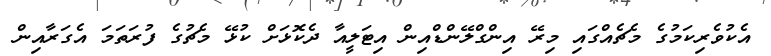
އެކުވެރިކަމުގެ މެޗެއްގައި މިރޭ އިންގްލޭންޑްއިން އިޓަލީއާ ދެކޮޅަށް ކުޅޭ މެޗުގެ ފުރަތަމަ އެގަރާއިން